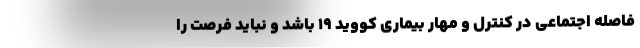
فاصله اجتماعی در کنترل و مهار بیماری کووید ۱۹ باشد و نباید فرصت را